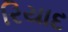
રિયાદ